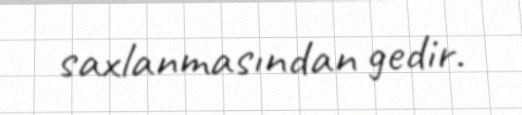
saxlanmasından gedir.